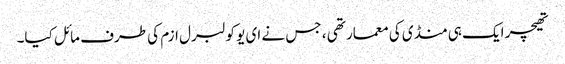
تھیچر ایک ہی منڈی کی معمار تھی ، جس نے ای یو کو لبرل ازم کی طرف مائل کیا۔